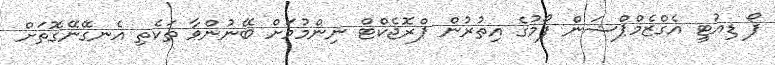
ފޯ ޑިއުޓީ އެގްޒެމްޕްޝަން ފޯމުގެ އިތުރުން ޕްރޮޖެކްޓް ނިންމުމަށް ބޭނުންވާ ތަކެތި އެނގޭނޭގޮތަށް